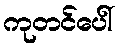
ကုတင်ပေါ်